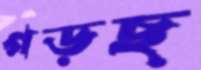
গড়ছ